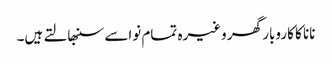
نانا کا کاروبار گھر وغیرہ تمام نواسے سنبھالتے ہیں۔